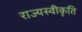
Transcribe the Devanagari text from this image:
राज्यस्वीकृति